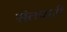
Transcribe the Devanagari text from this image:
संतचारी